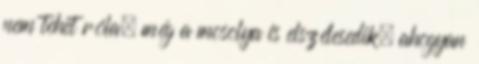
nem tehet róla, még a mosolya is elszélesedik, ahogyan